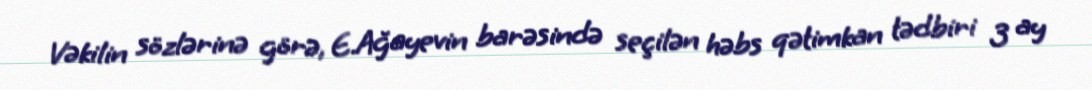
Vəkilin sözlərinə görə, E.Ağayevin barəsində seçilən həbs qətimkan tədbiri 3 ay